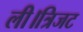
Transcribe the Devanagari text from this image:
ली।त्रिजट